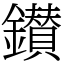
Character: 鑚